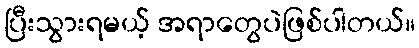
ပြီးသွားရမယ့် အရာတွေပဲဖြစ်ပါတယ်။